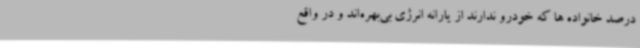
درصد خانواده ها که خودرو ندارند از یارانه انرژی بی‌بهره‌اند و در واقع